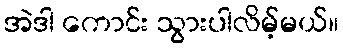
အဲဒါ ကောင်း သွားပါလိမ့်မယ်။